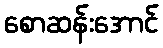
စောဆန်းအောင်